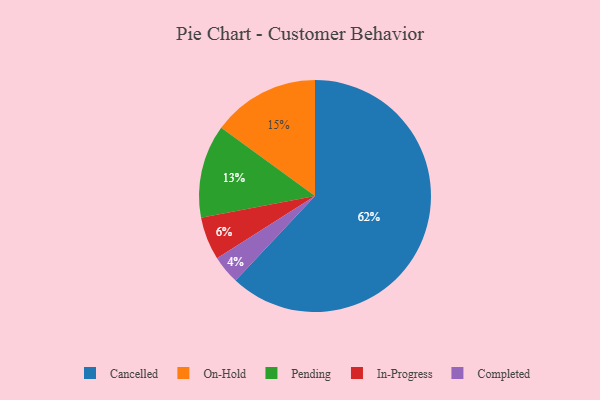
{"axis": {"x": "Category", "y": "Percentage"}, "legend": ["Cancelled", "Completed", "In-Progress", "On-Hold", "Pending"], "data": [{"x": "Pending", "y": 13, "type": "Pending"}, {"x": "On-Hold", "y": 15, "type": "On-Hold"}, {"x": "Cancelled", "y": 62, "type": "Cancelled"}, {"x": "In-Progress", "y": 6, "type": "In-Progress"}, {"x": "Completed", "y": 4, "type": "Completed"}]}